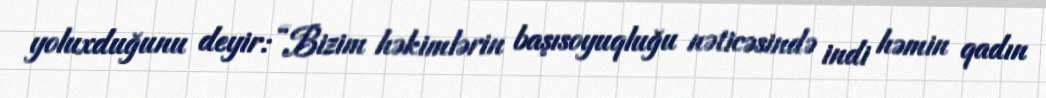
yoluxduğunu deyir: “Bizim həkimlərin başısoyuqluğu nəticəsində indi həmin qadın